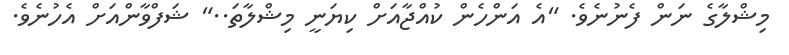
މިޝްލާގެ ނަން ފެނުނެވެ. "އެ އަންހެން ކުއްޖާއަށް ކިޔަނީ މިޝްލާތަ.." ޝަފްވާންއަށް އެހުނެވެ.